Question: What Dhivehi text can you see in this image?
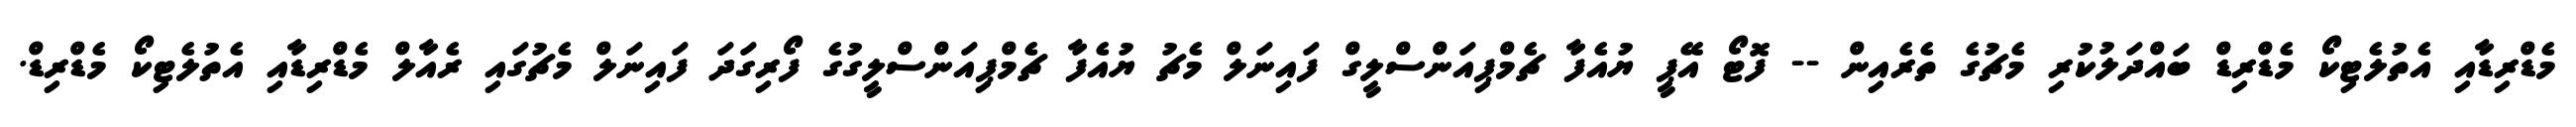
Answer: މެޑްރިޑާއި އެތުލެޓިކޯ މެޑްރިޑް ބައްދަލުކުރި މެޗުގެ ތެރެއިން -- ފޮޓޯ އޭޕީ ޔުއެފާ ޗެމްޕިއަންސްލީގް ފައިނަލް މެޗު ޔުއެފާ ޗެމްޕިއަންސްލީގުގެ ފޯރިގަދަ ފައިނަލް މެޗުގައި ރެއާލް މެޑްރިޑާއި އެތުލެޓިކޯ މެޑްރިޑް.